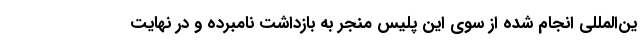
ین‌المللی انجام شده از سوی این پلیس منجر به بازداشت نامبرده و در نهایت